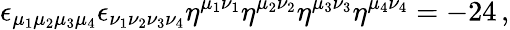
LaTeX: \epsilon_{\mu_{1}\mu_{2}\mu_{3}\mu_{4}}\epsilon_{\nu_{1}\nu_{2}\nu_{3}\nu_{4}}\eta^{\mu_{1}\nu_{1}}\eta^{\mu_{2}\nu_{2}}\eta^{\mu_{3}\nu_{3}}\eta^{\mu_{4}\nu_{4}}=-24\, ,